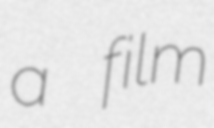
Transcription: a film